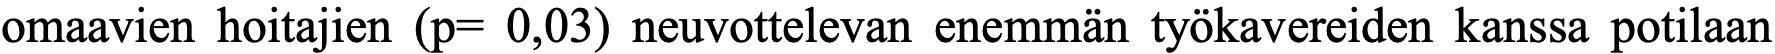
omaavien hoitajien (p= 0,03) neuvottelevan enemmän työkavereiden kanssa potilaan